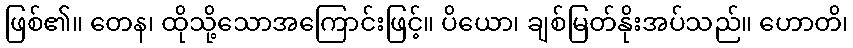
ဖြစ်၏။ တေန၊ ထိုသို့သောအကြောင်းဖြင့်။ ပိယော၊ ချစ်မြတ်နိုးအပ်သည်။ ဟောတိ၊